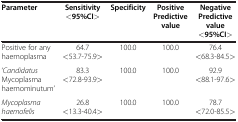
<table><thead><tr><td><b>Parameter</b></td><td><b>Sensitivity &lt;95%CI&gt;</b></td><td><b>Specificity</b></td><td><b>Positive Predictive value</b></td><td><b>Negative Predictive value &lt;95%CI&gt;</b></td></tr></thead><tbody><tr><td>Positive for any haemoplasma</td><td>64.7 &lt;53.7-75.9&gt;</td><td>100.0</td><td>100.0</td><td>76.4 &lt;68.3-84.5&gt;</td></tr><tr><td>‘<i>Candidatus</i> Mycoplasma haemominutum’</td><td>83.3 &lt;72.8-93.9&gt;</td><td>100.0</td><td>100.0</td><td>92.9 &lt;88.1-97.6&gt;</td></tr><tr><td><i>Mycoplasma haemofelis</i></td><td>26.8 &lt;13.3-40.4&gt;</td><td>100.0</td><td>100.0</td><td>78.7 &lt;72.0-85.5&gt;</td></tr></tbody></table>